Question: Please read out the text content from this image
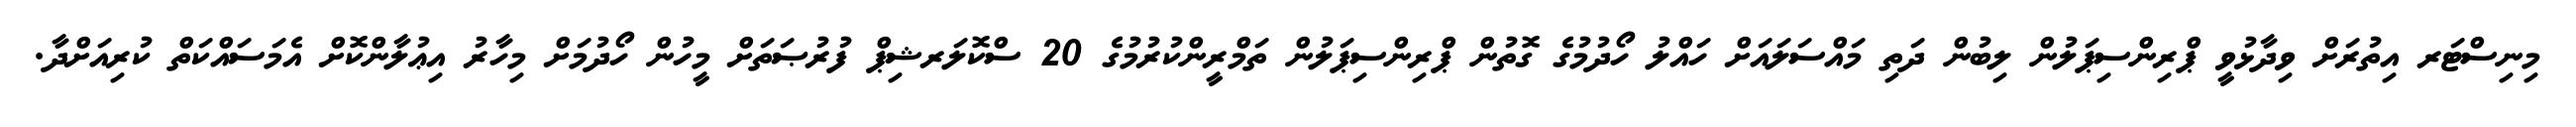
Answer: މިނިސްޓަރ އިތުރަށް ވިދާޅުވީ ޕްރިންސިޕަލުން ލިބުން ދަތި މައްސަލައަށް ހައްލު ހޯދުމުގެ ގޮތުން ޕްރިންސިޕަލުން ތަމްރީންކުރުމުގެ 20 ސްކޮލަރޝިޕް ފުރުޞަތަށް މީހުން ހޯދުމަށް މިހާރު އިޢުލާންކޮށް އެމަސައްކަތް ކުރިއަށްދާ.